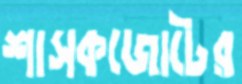
শাসকজোটের